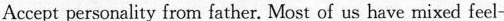
Accept personality from father. Most of us have mixed feel-